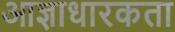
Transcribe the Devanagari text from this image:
आज्ञाधारकता